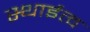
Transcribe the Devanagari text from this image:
स्थाईत्व